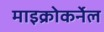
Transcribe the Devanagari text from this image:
माइक्रोकर्नेल